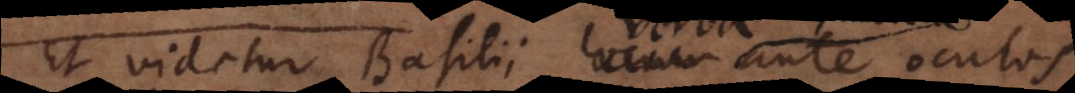
Et videtur Basilii locum ante oculos